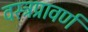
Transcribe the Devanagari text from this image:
वस्त्रप्रावर्ण